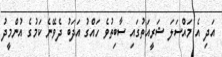
އަދި އެ މައްސަލަ ޝަރީއަތުގައި ސާބިތުވެ ހައްގު އަދަބު ދެވޭނެ ކަމުގެ އުންމީދު